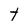
Character: t